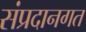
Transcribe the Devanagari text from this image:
संप्रदानगत